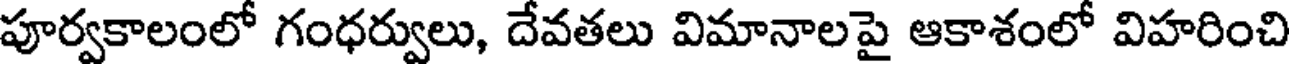
పూర్వకాలంలో గంధర్వులు, దేవతలు విమానాలపై ఆకాశంలో విహరించి